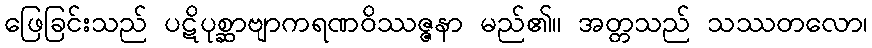
ဖြေခြင်းသည် ပဋိပုစ္ဆာဗျာကရဏဝိဿဇ္ဇနာ မည်၏။ အတ္တသည် သဿတလော၊